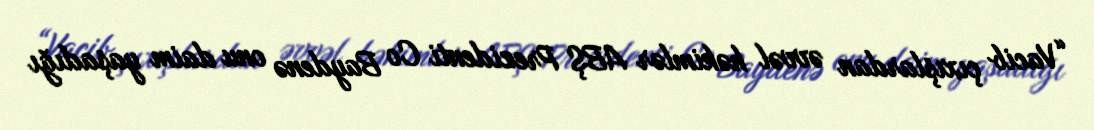
“Vacib çıxışlardan əvvəl həkimlər ABŞ Prezidenti Co Baydenə onu daim yaşadığı